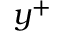
y ^ { + }